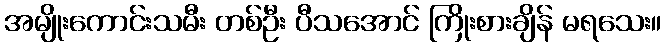
အမျိုးကောင်းသမီး တစ်ဦး ပီသအောင် ကြိုးစားချိန် မရသေး။